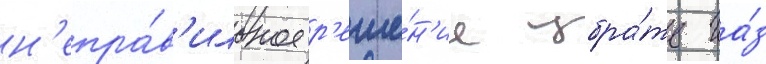
н'епра́в'ильное р'еше́н'ие убра́ть га́з